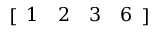
[ \begin{array} { l l l l } { 1 } & { 2 } & { 3 } & { 6 } \end{array} ]